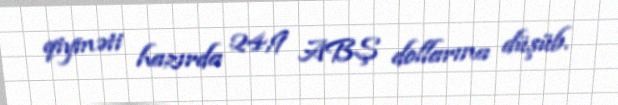
qiyməti hazırda 24,9 ABŞ dollarına düşüb.